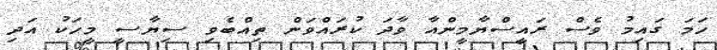
ހަމަ ގައިމު ވެސް ރައީސްޔާމީންއާ ވާދަ ކުރައްވަން ތިއްބެވި ސިޔާސީ މީހަކު އަދި